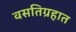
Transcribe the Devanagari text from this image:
वसतिग्रहात